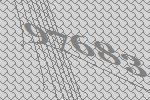
97683